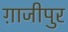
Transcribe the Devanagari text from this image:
ग़ाजीपुर